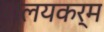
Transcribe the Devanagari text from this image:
शलयकर्म